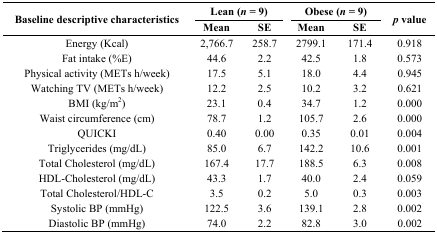
<table><thead><tr><td rowspan="3"><b>Baseline descriptive characteristics</b></td><td colspan="2"><b>Lean (<i>n</i> = 9)</b></td><td colspan="2"><b>Obese (<i>n</i> = 9)</b></td><td rowspan="3"><b><i>p</i> value</b></td></tr><tr><td><b>Mean</b></td><td><b>SE</b></td><td><b>Mean</b></td><td><b>SE</b></td></tr></thead><tbody><tr><td>Energy (Kcal)</td><td>2,766.7</td><td>258.7</td><td>2799.1</td><td>171.4</td><td>0.918</td></tr><tr><td>Fat intake (%E)</td><td>44.6</td><td>2.2</td><td>42.5</td><td>1.8</td><td>0.573</td></tr><tr><td>Physical activity (METs h/week)</td><td>17.5</td><td>5.1</td><td>18.0</td><td>4.4</td><td>0.945</td></tr><tr><td>Watching TV (METs h/week)</td><td>12.2</td><td>2.5</td><td>10.2</td><td>3.2</td><td>0.621</td></tr><tr><td>BMI (kg/m<sup>2</sup>)</td><td>23.1</td><td>0.4</td><td>34.7</td><td>1.2</td><td>0.000</td></tr><tr><td>Waist circumference (cm)</td><td>78.7</td><td>1.2</td><td>105.7</td><td>2.6</td><td>0.000</td></tr><tr><td>QUICKI</td><td>0.40</td><td>0.00</td><td>0.35</td><td>0.01</td><td>0.004</td></tr><tr><td>Triglycerides (mg/dL)</td><td>85.0</td><td>6.7</td><td>142.2</td><td>10.6</td><td>0.001</td></tr><tr><td>Total Cholesterol (mg/dL)</td><td>167.4</td><td>17.7</td><td>188.5</td><td>6.3</td><td>0.008</td></tr><tr><td>HDL-Cholesterol (mg/dL)</td><td>43.3</td><td>1.7</td><td>40.0</td><td>2.4</td><td>0.059</td></tr><tr><td>Total Cholesterol/HDL-C</td><td>3.5</td><td>0.2</td><td>5.0</td><td>0.3</td><td>0.003</td></tr><tr><td>Systolic BP (mmHg)</td><td>122.5</td><td>3.6</td><td>139.1</td><td>2.8</td><td>0.002</td></tr><tr><td>Diastolic BP (mmHg)</td><td>74.0</td><td>2.2</td><td>82.8</td><td>3.0</td><td>0.002</td></tr></tbody></table>